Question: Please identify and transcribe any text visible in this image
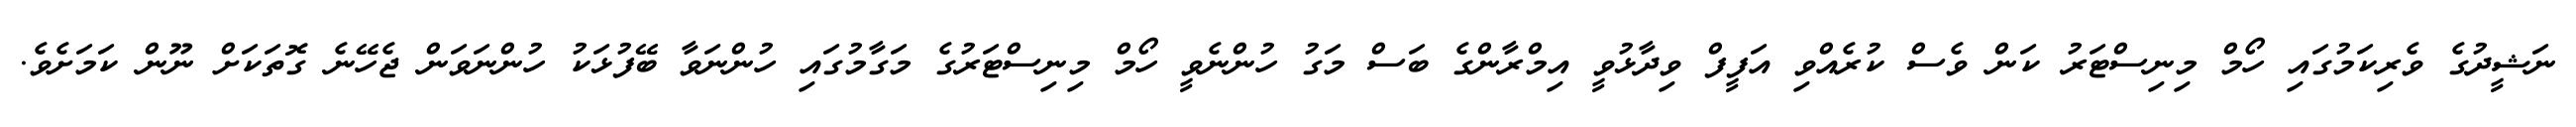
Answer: ނަޝީދުގެ ވެރިކަމުގައި ހޯމް މިނިސްޓަރު ކަން ވެސް ކުރެއްވި އަފީފް ވިދާޅުވީ އިމްރާންގެ ބަސް މަގު ހުންނެވީ ހޯމް މިނިސްޓަރުގެ މަގާމުގައި ހުންނަވާ ބޭފުޅަކު ހުންނަވަން ޖެހޭނެ ގޮތަކަށް ނޫން ކަމަށެވެ.